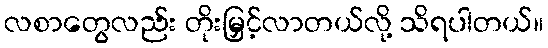
လစာတွေလည်း တိုးမြှင့်လာတယ်လို့ သိရပါတယ်။